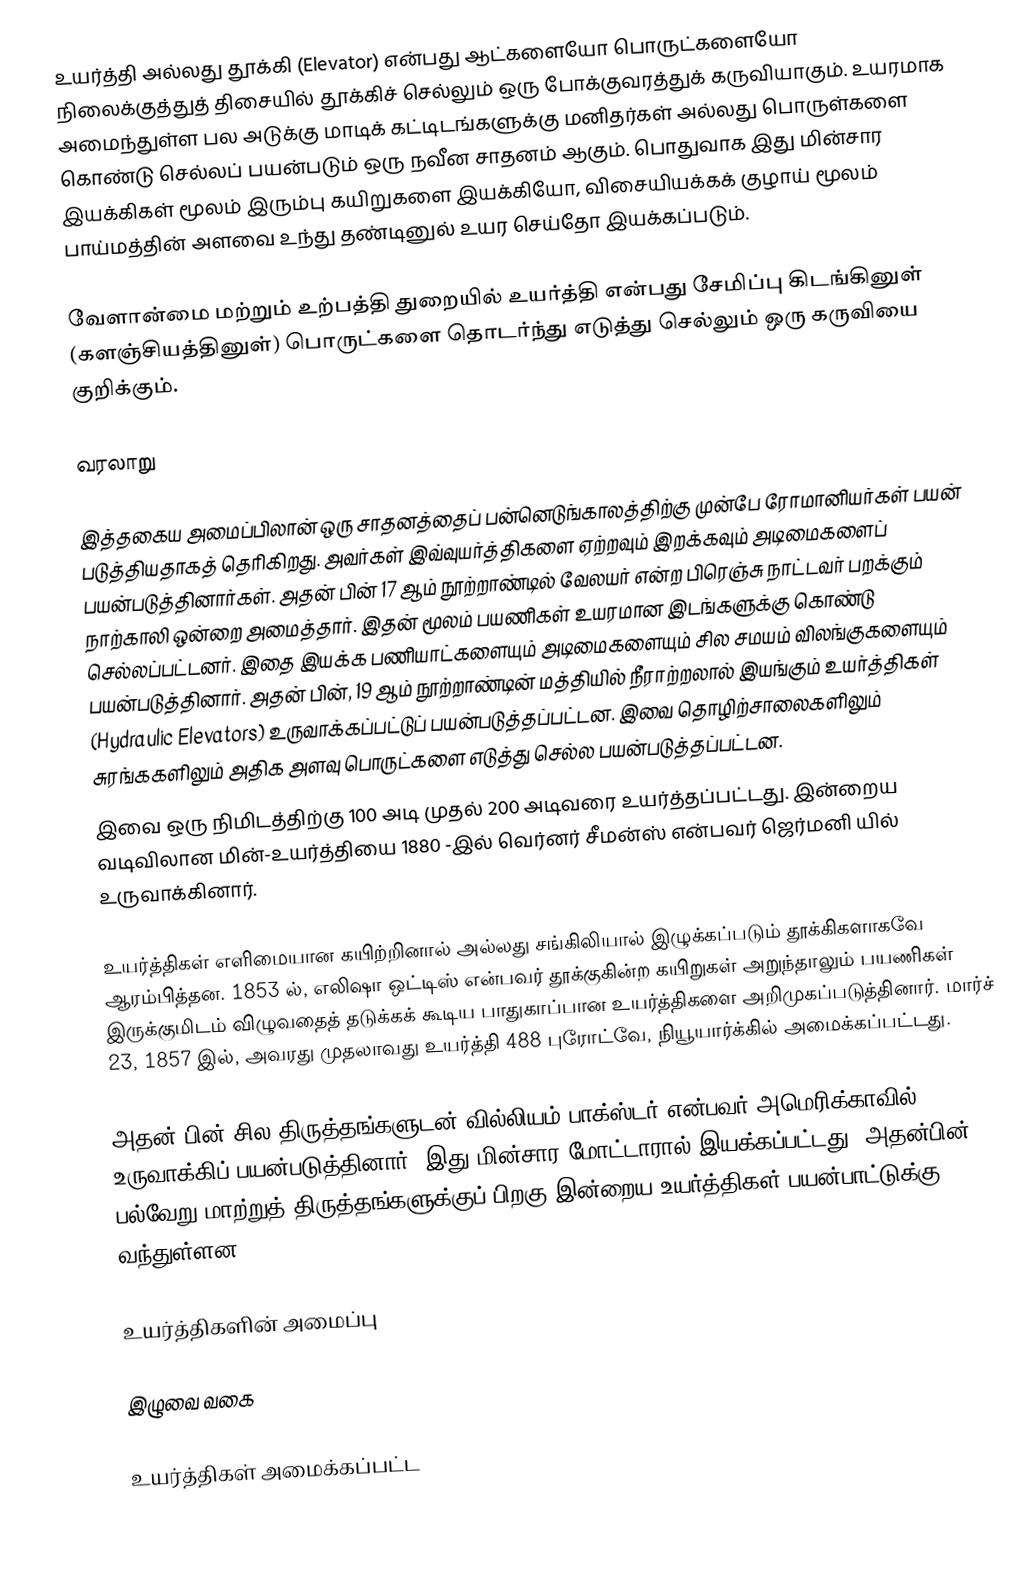
உயர்த்தி அல்லது தூக்கி (Elevator) என்பது ஆட்களையோ பொருட்களையோ நிலைக்குத்துத் திசையில் தூக்கிச் செல்லும் ஒரு போக்குவரத்துக் கருவியாகும். உயரமாக அமைந்துள்ள பல அடுக்கு மாடிக் கட்டிடங்களுக்கு மனிதர்கள் அல்லது பொருள்களை கொண்டு செல்லப் பயன்படும் ஒரு நவீன சாதனம் ஆகும். பொதுவாக இது மின்சார இயக்கிகள் மூலம் இரும்பு கயிறுகளை இயக்கியோ, விசையியக்கக் குழாய் மூலம் பாய்மத்தின் அளவை உந்து தண்டினுல் உயர செய்தோ இயக்கப்படும்.

வேளான்மை மற்றும் உற்பத்தி துறையில் உயர்த்தி என்பது சேமிப்பு கிடங்கினுள் (களஞ்சியத்தினுள்) பொருட்களை தொடர்ந்து எடுத்து செல்லும் ஒரு கருவியை குறிக்கும்.

வரலாறு

இத்தகைய அமைப்பிலான் ஒரு சாதனத்தைப் பன்னெடுங்காலத்திற்கு முன்பே ரோமானியர்கள் பயன் படுத்தியதாகத் தெரிகிறது. அவர்கள் இவ்வுயர்த்திகளை ஏற்றவும் இறக்கவும் அடிமைகளைப் பயன்படுத்தினார்கள். அதன் பின் 17 ஆம் நூற்றாண்டில் வேலயர் என்ற பிரெஞ்சு நாட்டவர் பறக்கும் நாற்காலி ஒன்றை அமைத்தார். இதன் மூலம் பயணிகள் உயரமான இடங்களுக்கு கொண்டு செல்லப்பட்டனர். இதை இயக்க பணியாட்களையும் அடிமைகளையும் சில சமயம் விலங்குகளையும் பயன்படுத்தினார். அதன் பின், 19 ஆம் நூற்றாண்டின் மத்தியில் நீராற்றலால் இயங்கும் உயர்த்திகள் (Hydraulic Elevators) உருவாக்கப்பட்டுப் பயன்படுத்தப்பட்டன. இவை தொழிற்சாலைகளிலும் சுரங்ககளிலும் அதிக அளவு பொருட்களை எடுத்து செல்ல பயன்படுத்தப்பட்டன.
இவை ஒரு நிமிடத்திற்கு 100 அடி முதல் 200 அடிவரை உயர்த்தப்பட்டது. இன்றைய வடிவிலான மின்-உயர்த்தியை 1880 -இல் வெர்னர் சீமன்ஸ் என்பவர் ஜெர்மனி யில் உருவாக்கினார்.

உயர்த்திகள் எளிமையான கயிற்றினால் அல்லது சங்கிலியால் இழுக்கப்படும் தூக்கிகளாகவே ஆரம்பித்தன. 1853 ல், எலிஷா ஒட்டிஸ் என்பவர் தூக்குகின்ற கயிறுகள் அறுந்தாலும் பயணிகள் இருக்குமிடம் விழுவதைத் தடுக்கக் கூடிய பாதுகாப்பான உயர்த்திகளை அறிமுகப்படுத்தினார். மார்ச் 23, 1857 இல், அவரது முதலாவது உயர்த்தி 488 புரோட்வே, நியூயார்க்கில் அமைக்கப்பட்டது.

அதன் பின் சில திருத்தங்களுடன் வில்லியம் பாக்ஸ்டர் என்பவர் அமெரிக்காவில் உருவாக்கிப் பயன்படுத்தினார். இது மின்சார மோட்டாரால் இயக்கப்பட்டது. அதன்பின் பல்வேறு மாற்றுத் திருத்தங்களுக்குப் பிறகு இன்றைய உயர்த்திகள் பயன்பாட்டுக்கு வந்துள்ளன.

உயர்த்திகளின் அமைப்பு

இழுவை வகை

உயர்த்திகள் அமைக்கப்பட்ட